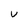
Character: U